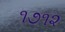
૧૭૧૨